Treatise on elephants
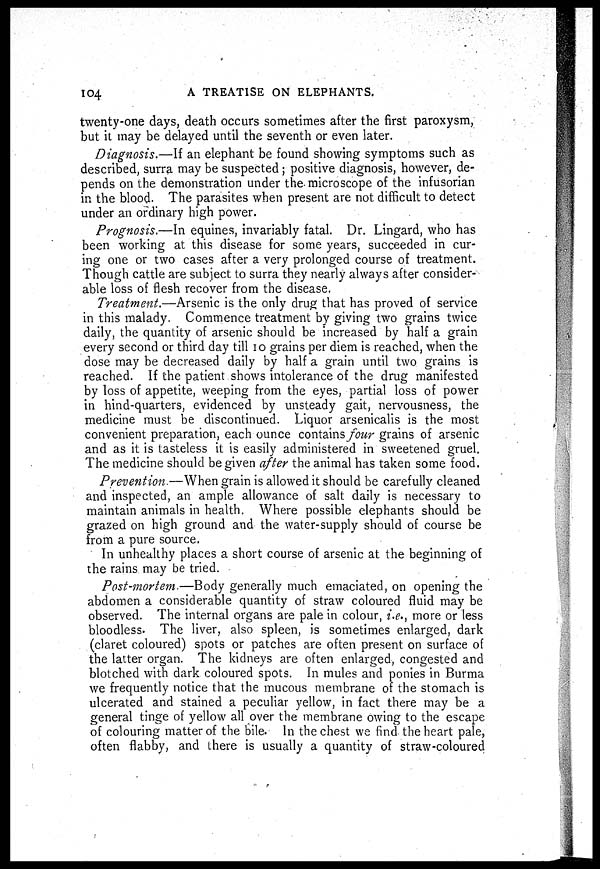
104
A TREATISE ON ELEPHANTS.
twenty-one days, death occurs sometimes after the first paroxysm,
but it may be delayed until the seventh or even later.
Diagnosis.—If an elephant be found showing symptoms such as
described, surra may be suspected ; positive diagnosis, however, de-
pends on the demonstration under the microscope of the infusorian
in the blood. The parasites when present are not difficult to detect
under an ordinary high power.
Prognosis.—In equities, invariably fatal. Dr. Lingard, who has
been working at this disease for some years, succeeded in cur-
ing one or two cases after a very prolonged course of treatment.
Though cattle are subject to surra they nearly always after consider-
able loss of flesh recover from the disease.
Treatment.—Arsenic is the only drug that has proved of service
in this malady. Commence treatment by giving two grains twice
daily, the quantity of arsenic should be increased by half a grain
every second or third day till 10 grains per diem is reached, when the
dose may be decreased daily by half a grain until two grains is
reached. If the patient shows intolerance of the drug manifested
by loss of appetite, weeping from the eyes, partial loss of power
in hind-quarters, evidenced by unsteady gait, nervousness, the
medicine must be discontinued. Liquor arsenicalis is the most
convenient preparation, each ounce contains four grains of arsenic
and as it is tasteless it is easily administered in sweetened gruel.
The medicine should be given after the animal has taken some food.
Prevention.—When grain is allowed it should be carefully cleaned
and inspected, an ample allowance of salt daily is necessary to
maintain animals in health. Where possible elephants should be
grazed on high ground and the water-supply should of course be
from a pure source.
In unhealthy places a short course of arsenic at the beginning of
the rains may be tried.
Post-mortem.—Body generally much emaciated, on opening the
abdomen a considerable quantity of straw coloured fluid may be
observed. The internal organs are pale in colour, i.e., more or less
bloodless. The liver, also spleen, is sometimes enlarged, dark
(claret coloured) spots or patches are often present on surface of
the latter organ. The kidneys are often enlarged, congested and
blotched with dark coloured spots. In mules and ponies in Burma
we frequently notice that the mucous membrane of the stomach is
ulcerated and stained a peculiar yellow, in fact there may be a
general tinge of yellow all over the membrane owing to the escape
of colouring matter of the bile. In the chest we find the heart pale,
often flabby, and there is usually a quantity of straw-coloured